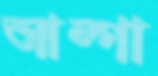
আল্গা